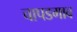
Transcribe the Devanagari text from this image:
चापडगाव